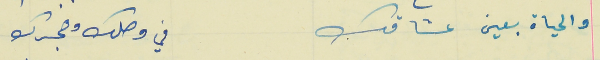
والحياة بعين عشاقك                                        في وصلك وهجرك